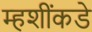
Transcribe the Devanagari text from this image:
म्हशींकडे